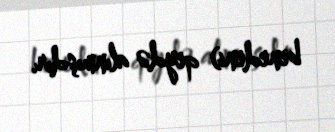
benedeni) qeydə alınmışdır.